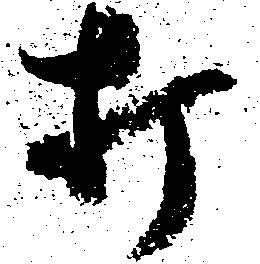
打